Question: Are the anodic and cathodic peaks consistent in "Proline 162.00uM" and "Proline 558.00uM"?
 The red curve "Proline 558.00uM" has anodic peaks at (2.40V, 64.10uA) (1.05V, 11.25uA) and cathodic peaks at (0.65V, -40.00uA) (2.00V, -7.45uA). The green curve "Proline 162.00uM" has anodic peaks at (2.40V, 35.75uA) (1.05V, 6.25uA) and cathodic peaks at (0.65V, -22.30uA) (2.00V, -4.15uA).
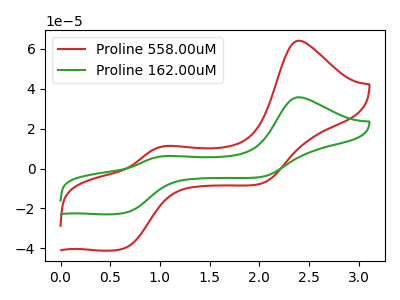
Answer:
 <answer>Yes, "Proline 162.00uM" have a peak in "Proline 558.00uM" at the same potential.</answer>
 <eval>match</eval>